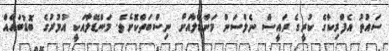
ސައުތު އެފްރިކާގެ ކުރީގެ ރައީސް ނެލްސަން މަންޑޭލާއަށް ނިސްބަތްކޮށެވެ. މަންޑޭލާއަކީ އުމުރުގެ ބޮޑުބައެއް